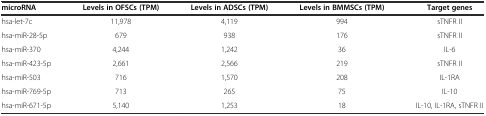
| microRNA | Levels in OFSCs (TPM) | Levels in ADSCs (TPM) | Levels in BMMSCs (TPM) | Target genes |
 | --- | --- | --- | --- | --- |
 | hsa-let-7c | 11,978 | 4,119 | 994 | sTNFR II |
 | hsa-miR-28-5p | 679 | 938 | 176 | sTNFR II |
 | hsa-miR-370 | 4,244 | 1,242 | 36 | IL-6 |
 | hsa-miR-423-5p | 2,661 | 2,566 | 219 | sTNFR II |
 | hsa-miR-503 | 716 | 1,570 | 208 | IL-1RA |
 | hsa-miR-769-5p | 713 | 265 | 75 | IL-10 |
 | hsa-miR-671-5p | 5,140 | 1,253 | 18 | IL-10, IL-1RA, sTNFR II |